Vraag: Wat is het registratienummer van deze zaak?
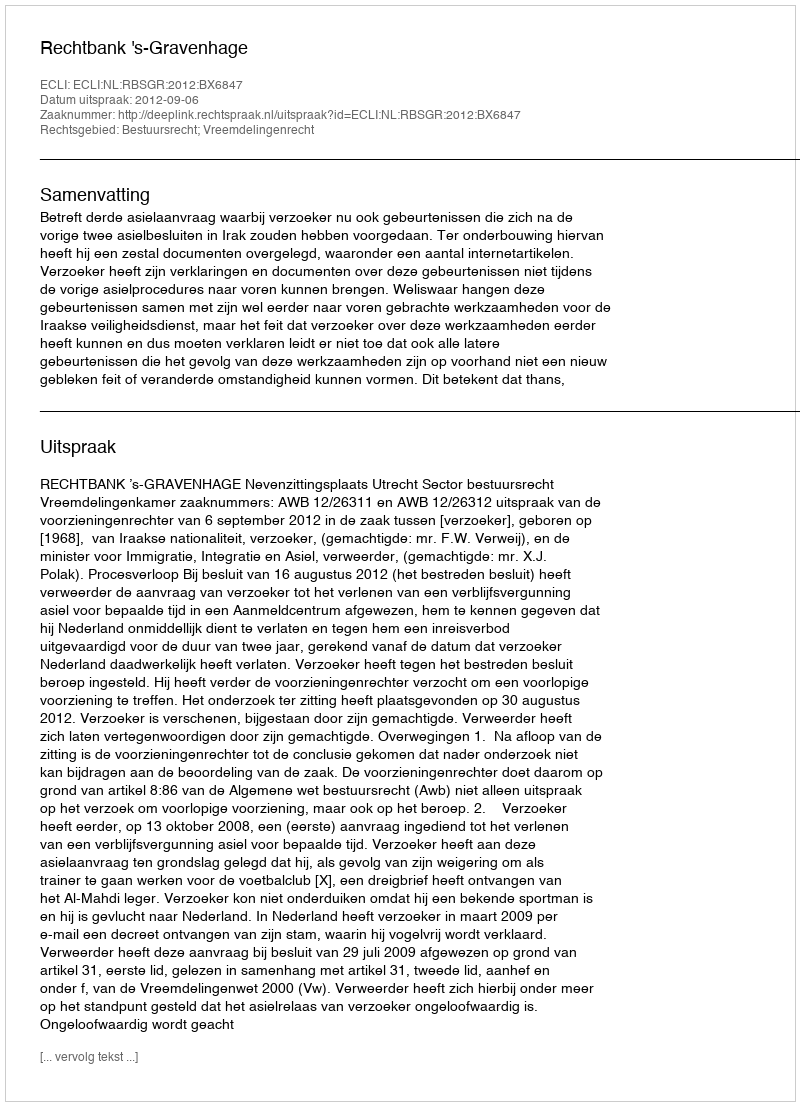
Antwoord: http://deeplink.rechtspraak.nl/uitspraak?id=ECLI:NL:RBSGR:2012:BX6847